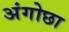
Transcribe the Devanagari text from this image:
अंगोछा